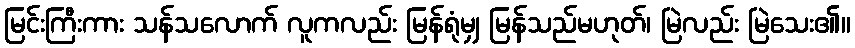
မြင်းကြီးကား သန်သလောက် လူကလည်း မြန်ရုံမျှ မြန်သည်မဟုတ်၊ မြဲလည်း မြဲသေး၏။